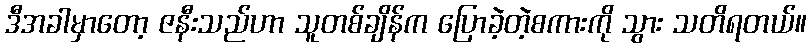
ဒီအခါမှာတော့ ဇနီးသည်ဟာ သူတစ်ချိန်က ပြောခဲ့တဲ့စကားကို သွား သတိရတယ်။